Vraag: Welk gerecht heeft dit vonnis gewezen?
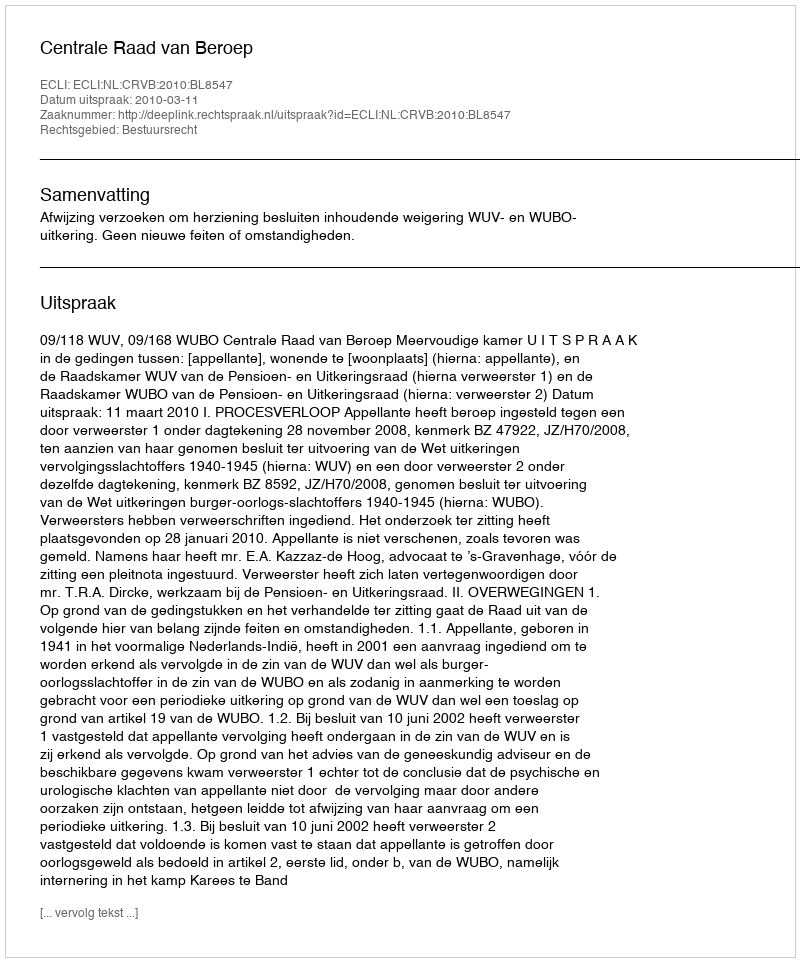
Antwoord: Centrale Raad van Beroep